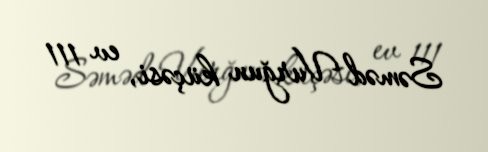
Səməd Vurğun küçəsi, ev 111